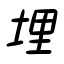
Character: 埋